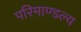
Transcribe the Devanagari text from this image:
परिमाण्डल्य